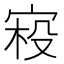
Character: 𰍂